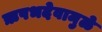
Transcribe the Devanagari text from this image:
ऋषभदेवामुळे